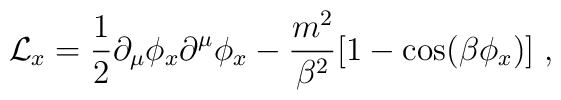
{\cal L}_x= {\frac {1}{2}}\partial_\mu \phi_x \partial^\mu \phi_x -{\frac {m^2}{\beta^2}}[1-\cos(\beta\phi_x)] \;,